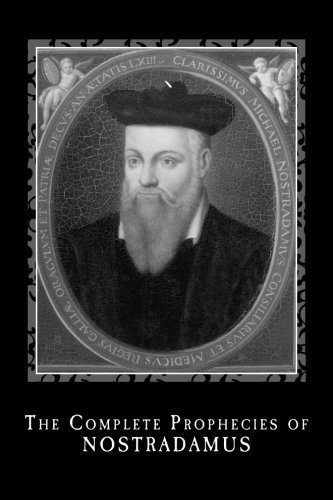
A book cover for The Complete Prophecies of Nostradamus; Nostradamus; Religion & Spirituality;